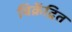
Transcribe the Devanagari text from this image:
विक्रेंद्रित